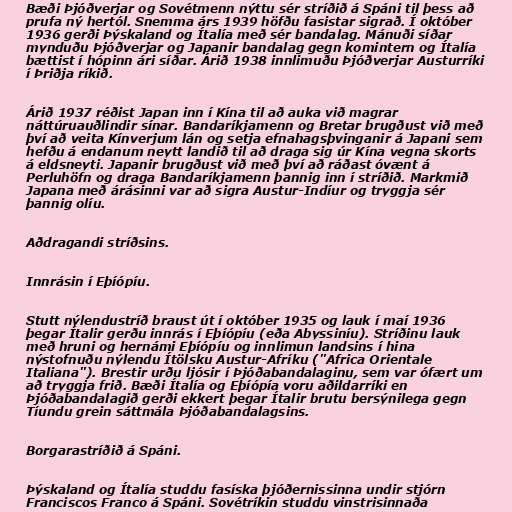
Bæði Þjóðverjar og Sovétmenn nýttu sér stríðið á Spáni til þess að
prufa ný hertól. Snemma árs 1939 höfðu fasistar sigrað. Í október
1936 gerði Þýskaland og Ítalía með sér bandalag. Mánuði síðar
mynduðu Þjóðverjar og Japanir bandalag gegn komintern og Ítalía
bættist í hópinn ári síðar. Árið 1938 innlimuðu Þjóðverjar Austurríki
í Þriðja ríkið.

Árið 1937 réðist Japan inn í Kína til að auka við magrar
náttúruauðlindir sínar. Bandaríkjamenn og Bretar brugðust við með
því að veita Kínverjum lán og setja efnahagsþvinganir á Japani sem
hefðu á endanum neytt landið til að draga sig úr Kína vegna skorts
á eldsneyti. Japanir brugðust við með því að ráðast óvænt á
Perluhöfn og draga Bandaríkjamenn þannig inn í stríðið. Markmið
Japana með árásinni var að sigra Austur-Indíur og tryggja sér
þannig olíu.

Aðdragandi stríðsins.

Innrásin í Eþíópíu.

Stutt nýlendustríð braust út í október 1935 og lauk í maí 1936
þegar Ítalir gerðu innrás í Eþíópíu (eða Abyssiníu). Stríðinu lauk
með hruni og hernámi Eþíópíu og innlimun landsins í hina
nýstofnuðu nýlendu Ítölsku Austur-Afríku ("Africa Orientale
Italiana"). Brestir urðu ljósir í Þjóðabandalaginu, sem var ófært um
að tryggja frið. Bæði Ítalía og Eþíópía voru aðildarríki en
Þjóðabandalagið gerði ekkert þegar Ítalir brutu bersýnilega gegn
Tíundu grein sáttmála Þjóðabandalagsins.

Borgarastríðið á Spáni.

Þýskaland og Ítalía studdu fasíska þjóðernissinna undir stjórn
Franciscos Franco á Spáni. Sovétríkin studdu vinstrisinnaða